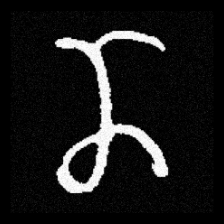
Pyu character \u2014 Myanmar letter: ဏ (romanized: nna)